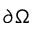
\partial \Omega